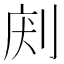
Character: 𠜢